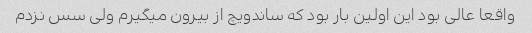
واقعا عالی بود این اولین بار بود که ساندویچ از بیرون میگیرم ولی سس نزدم